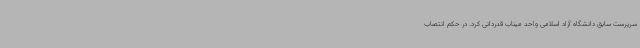
سرپرست سابق دانشگاه آزاد اسلامی واحد میناب قدردانی کرد. در حکم انتصاب